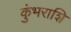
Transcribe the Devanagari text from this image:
कुंभराशि